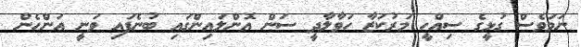
ނަމަވެސް ގުޅީގެ ސިއްހީ މަރުކަޒާ ހަވާލާދީ ސަން އޮންލައިންގައި ބުނެފައި ވަނީ އަންހެން